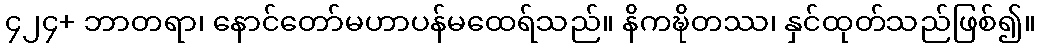
၄၂၄+ ဘာတရာ၊ နောင်တော်မဟာပန်မထေရ်သည်။ နိကဍ္ဎိတဿ၊ နှင်ထုတ်သည်ဖြစ်၍။